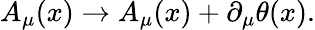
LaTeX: A_{\mu}(x)\rightarrow A_{\mu}(x)+\partial_{\mu}\theta(x).